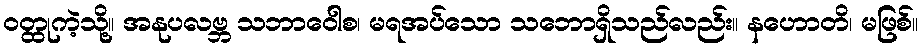
ဝတ္ထုကဲ့သို့။ အနုပလဗ္ဘ သဘာဝေါစ၊ မရအပ်သော သဘောရှိသည်လည်း။ နဟောတိ၊ မဖြစ်။